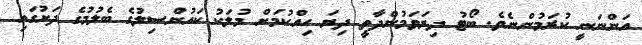
އަންނަނީ ކުރަމުންނެވެ. ބޯޓު ދިޔަވަމުންދާތީ ދިޔަ ހިއްކުމަށް މުލަކު ކައުންސިލުގެ ބެލުމުގެ ދަށުގައި